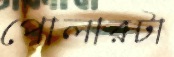
পোলারটা